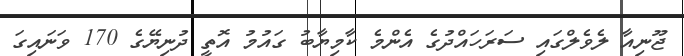
ޖޫނިއާ ލެވެލްގައި ސަރަހައްދުގެ އެންމެ ކާމިޔާބު ގައުމު އޮތީ ދުނިޔޭގެ 170 ވަނައިގަ